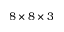
8 \times 8 \times 3